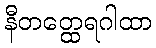
နီတတ္ထေရဂါထာ